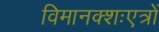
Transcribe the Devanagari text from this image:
विमानक्शःएत्रों